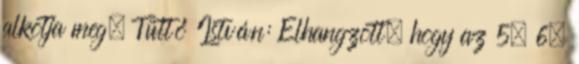
alkotja meg. Tüttő István: Elhangzott, hogy az 5. 6.